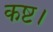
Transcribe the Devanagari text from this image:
कष्ट।